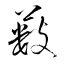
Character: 薮